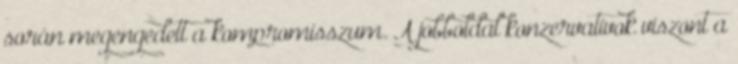
során megengedett a kompromisszum. A jobboldal konzervatívok viszont a